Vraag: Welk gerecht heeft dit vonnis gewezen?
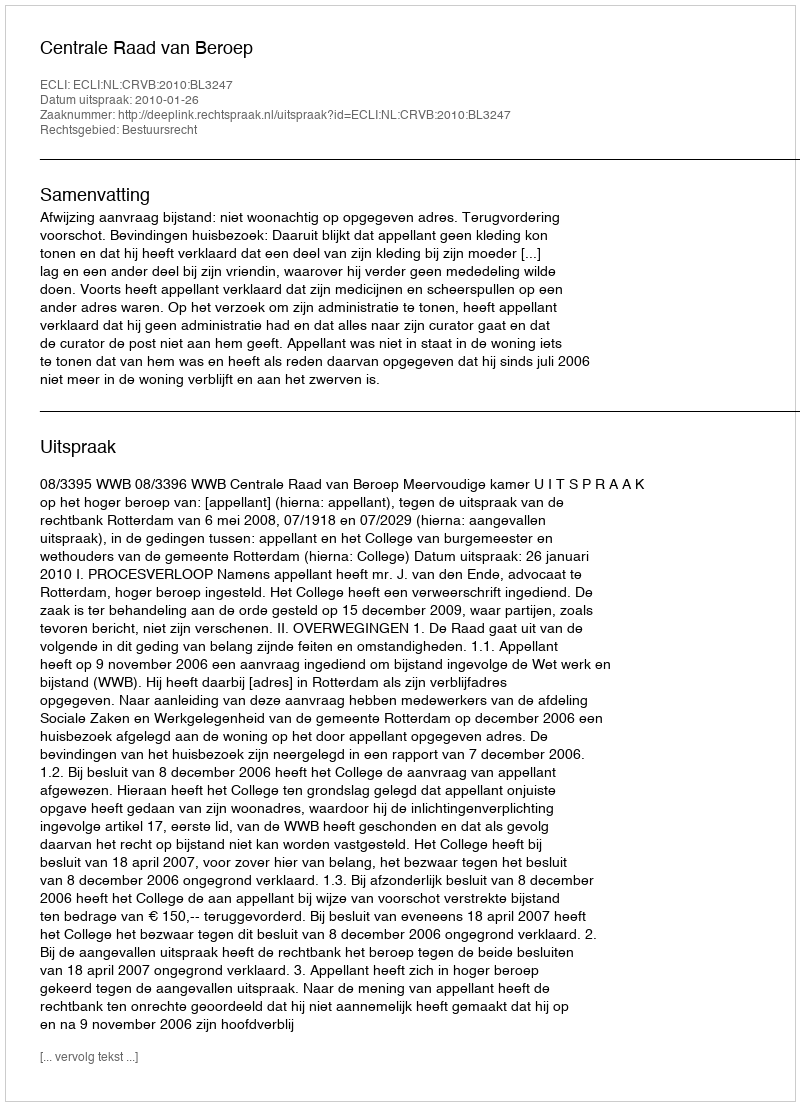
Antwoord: Centrale Raad van Beroep